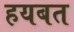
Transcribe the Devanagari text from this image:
हयबत